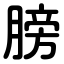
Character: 膀